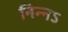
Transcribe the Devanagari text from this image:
निन्नऽ